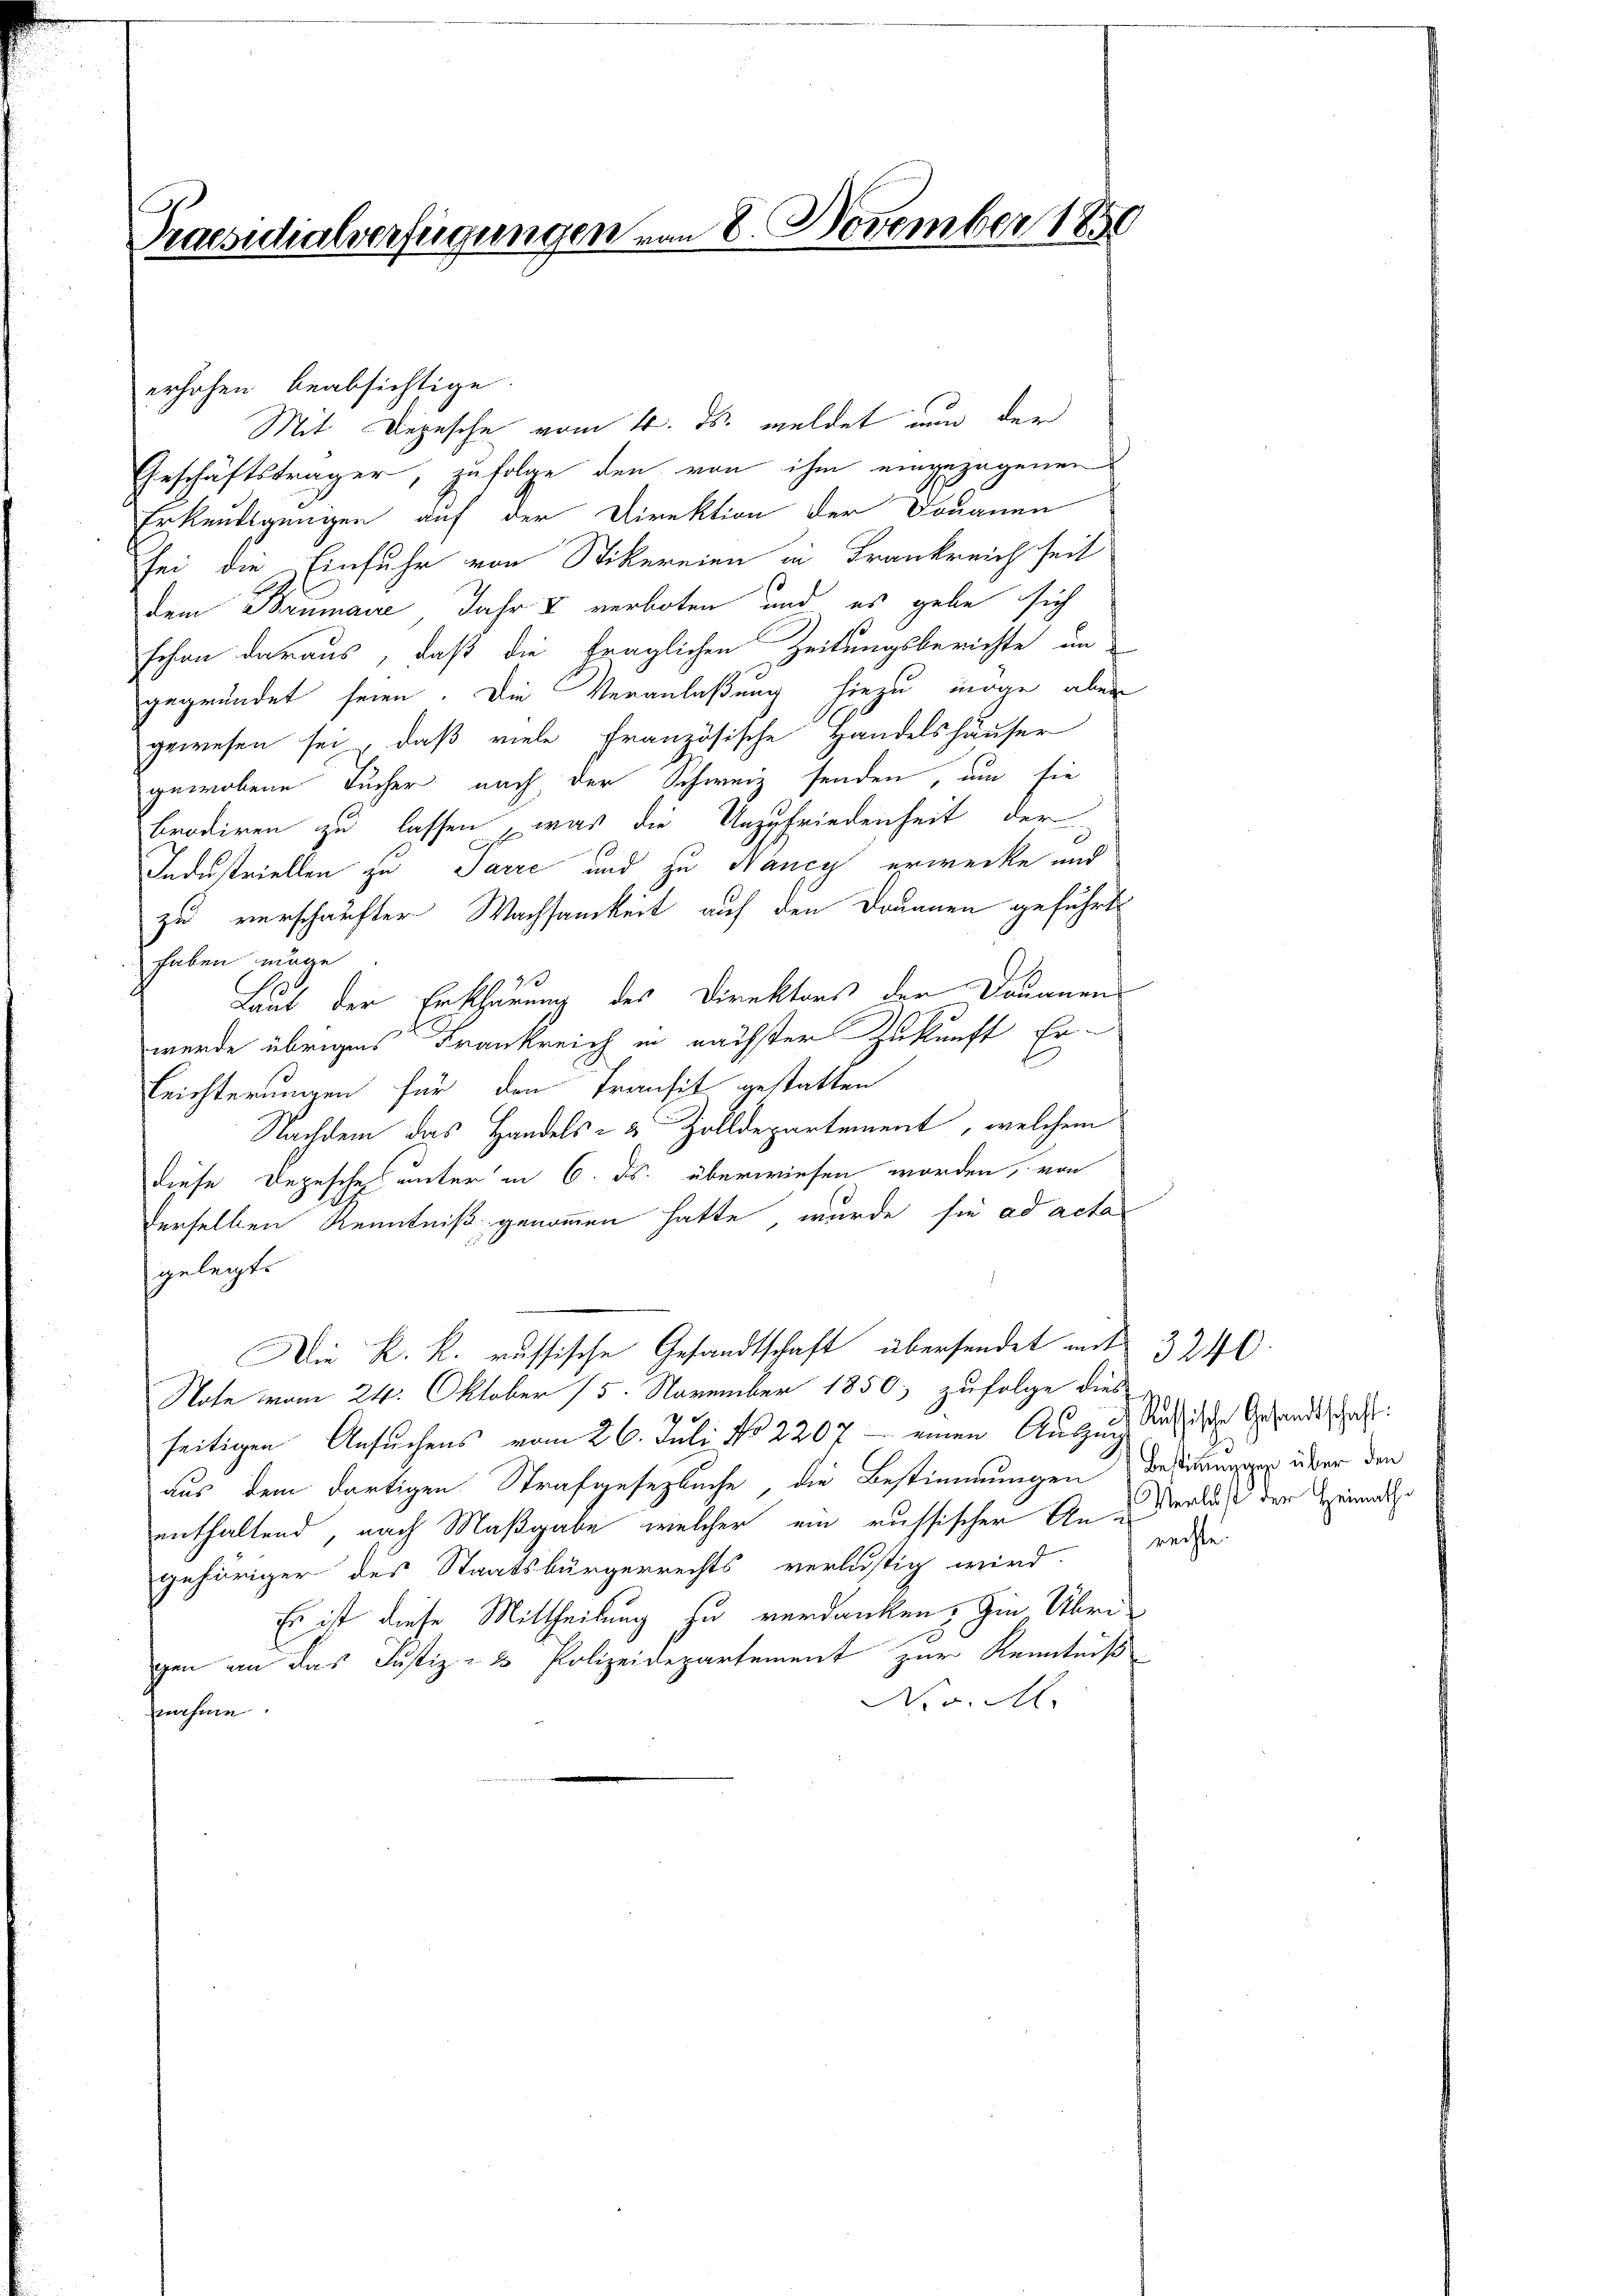
Praesidialverfügungen vom 8. November 1850

erhohen beabsichtige.
Mit Depesche vom 4. ds. meldet nun der
Geschäftsträger, zufolge den von ihm eingezogenen
Erkendigungen auf der Direktion der Douanen
sei die Einfuhr von Stikereien in Frankreich seit
dem Baumane, Jahr & verboten und es gebe sich
schon daraus, daß die fraglichen Zeitungsberichte un
gegründet seien. Die Veranlaßung hiezu möge aber
gewesen sei, daß viele französische Handelshäuser
gewobene Tucher nach der Schweiz senden, um sie
brodiren zu lassen, was die Unzufriedenheit der
Industriellen zu Parre und zu Nancy erwecke und
zu verschaufter Wachsamkeit auf den Douanen geführt
haben möge
Laut der Erklärung des Direktors der Douanen
werde übrigens Frankreich in nächster Zukunft Er¬
Leichterungen für den Transit gestatten
Nachdem das Handels- & Zolldepartement, welchem
diese Depesche unter in 6. ds. überwiesen worden, von
derselben Kenntniß genommen hatte, wurde sie ad acta
gelegt.
Die K. R. russische Gesandtschaft übersendet mit
Note vom 24. Oktober 15. November 1850, zufolge dies
seitigen Ansuchens vom 26. Juli No 2200 - einen Auszug
aus dem dortigen Strafgesetzbuche, die Bestimmungen bestimmen über den
enthaltend, nach Maßgabe, welcher ein russischer An- Verlaß der Heimat
gehöriger des Staatsbürgerrechts verlustig wird. reise
Es ist diese Mittheilung zu verdanken, in Übrigen an das Justiz- & Polizeidepartement zur Kenntniß
Nov. M.
nahme.

3240.
Russische Gesandtschaft: